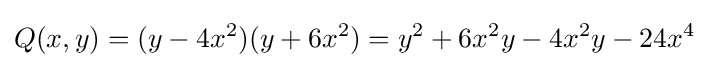
Q(x,y)=(y-4x^{2})(y+6x^{2})=y^{2}+6x^{2}y-4x^{2}y-24x^{4}